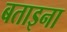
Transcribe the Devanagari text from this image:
बताइना